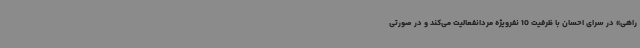
راهی» در سرای احسان با ظرفیت 10 نفرویژه مردانفعالیت می‌کند و در صورتی